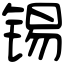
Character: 锡